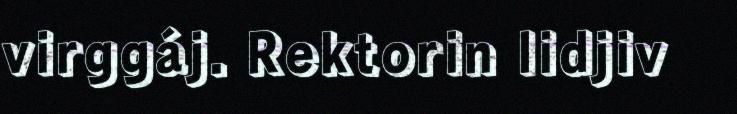
virggáj. Rektorin lidjiv